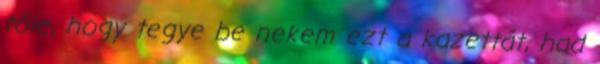
tőle, hogy tegye be nekem ezt a kazettát, had